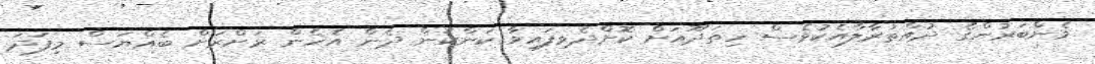
މެންބަރުންގެ ދުއްތުރާލާއެކުވެސް ހިތަދޫއަށް ކޮށްދެވިފައިވާ ކަންކަން ދެން އެހެން ރަށްރަށް ބެއްޔަސް މިފަދަ